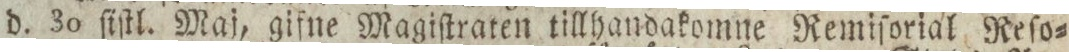
d. 30 ſiſtl. Maj, gifne Magiſtraten tillhandakomne Remiſorial Reſo=